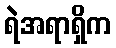
ရဲအရာရှိက